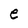
Character: e